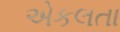
એકલતા